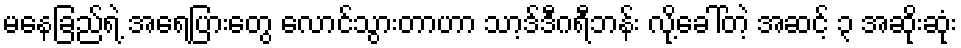
မနေခြည်ရဲ့ အရေပြားတွေ လောင်သွားတာဟာ သာ့ဒ်ဒီဂရီဘန်း လို့ခေါ်တဲ့ အဆင့် ၃ အဆိုးဆုံး